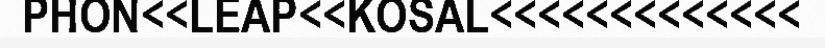
PHON<<LEAP<<KOSAL<<<<<<<<<<<<<